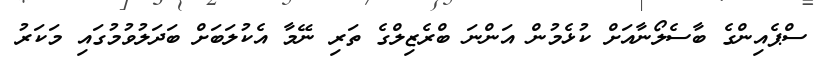
ސްޕެއިންގެ ބާސެލޯނާއަށް ކުޅެމުން އަންނަ ބްރެޒިލްގެ ތަރި ނޭމާ އެކުލަބަށް ބަދަލުވުމުގައި މަކަރު